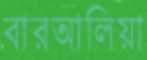
বারআলিয়া